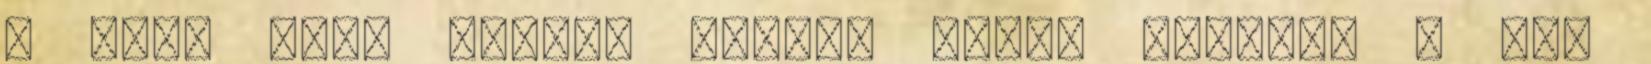
a fiú, ifj. Rajnai Attila viszi tovább. A cég